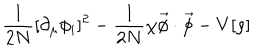
\frac { 1 } { 2 N } [ \partial _ { \mu } \phi _ { i } ] ^ { 2 } - \frac { 1 } { 2 N } \chi { \vec { \phi } \cdot \vec { \phi } } - V [ { \rho } ]